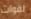
لقوات